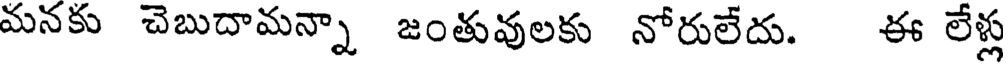
మనకు చెబుదామన్నా జంతువులకు నోరులేదు. ఈ లేళ్ల